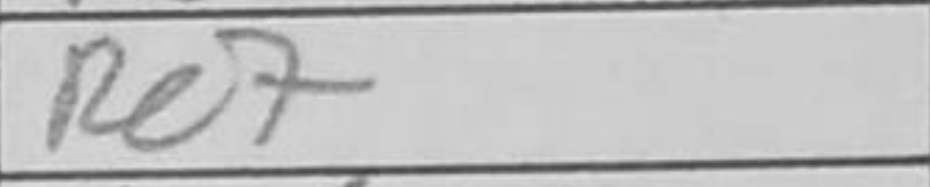
Transcription: Re7